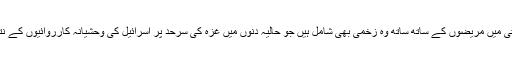
قبضے میں لی گئی کشتی میں مریضوں کے ساتھ ساتھ وہ زخمی بھی شامل ہیں جو حالیہ دنوں میں غزہ کی سرحد پر اسرائیل کی وحشیانہ کارروائیوں کے نتیجے میں زخمی ہوئے۔